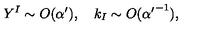
Y ^ { I } \sim O ( \alpha ^ { \prime } ) , \quad k _ { I } \sim O ( { \alpha ^ { \prime } } ^ { - 1 } ) ,